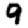
Digit: 9